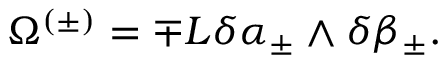
\Omega ^ { ( \pm ) } = \mp L \delta \alpha _ { \pm } \wedge \delta \beta _ { \pm } .